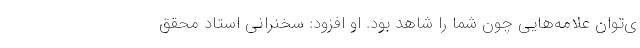
ی‌توان علامه‌هایی چون شما را شاهد بود. او افزود: سخنرانی استاد محقق